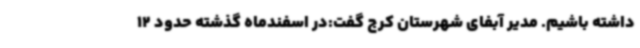
داشته باشیم. مدیر آبفای شهرستان کرج گفت:در اسفندماه گذشته حدود 12